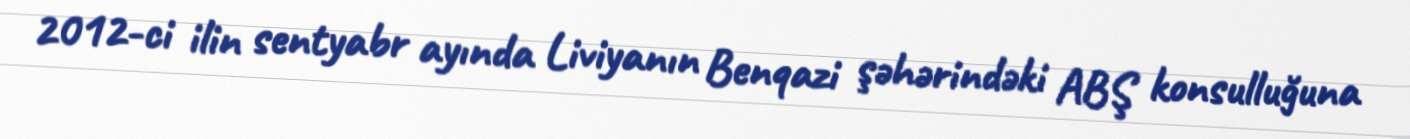
2012-ci ilin sentyabr ayında Liviyanın Benqazi şəhərindəki ABŞ konsulluğuna